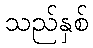
သည်နှစ်